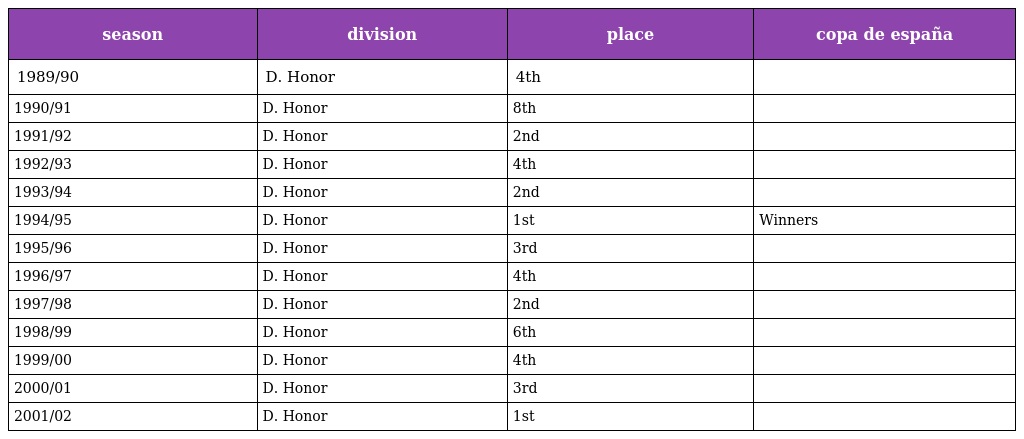
| season | division | place | copa de españa |
 | --- | --- | --- | --- |
 | 1989/90 | D. Honor | 4th |  |
 | 1990/91 | D. Honor | 8th |  |
 | 1991/92 | D. Honor | 2nd |  |
 | 1992/93 | D. Honor | 4th |  |
 | 1993/94 | D. Honor | 2nd |  |
 | 1994/95 | D. Honor | 1st | Winners |
 | 1995/96 | D. Honor | 3rd |  |
 | 1996/97 | D. Honor | 4th |  |
 | 1997/98 | D. Honor | 2nd |  |
 | 1998/99 | D. Honor | 6th |  |
 | 1999/00 | D. Honor | 4th |  |
 | 2000/01 | D. Honor | 3rd |  |
 | 2001/02 | D. Honor | 1st |  |